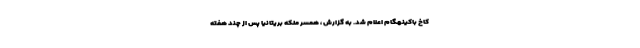
کاخ باکینهگام اعلام شد. به گزارش ، همسر ملکه بریتانیا پس از چند هفته